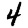
Digit: 4